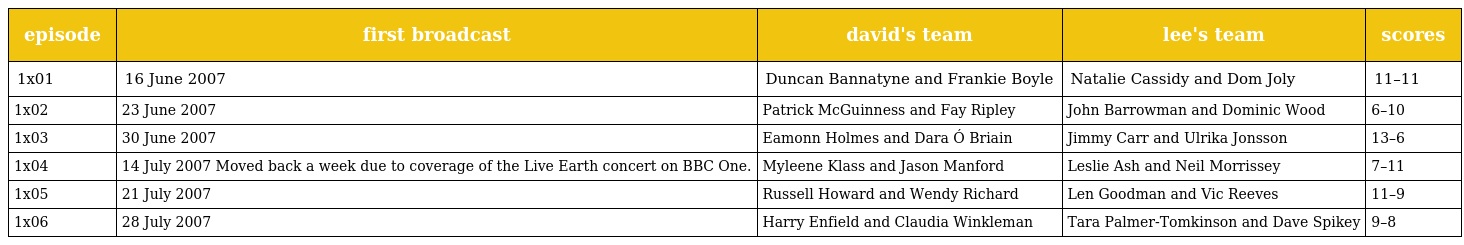
| episode | first broadcast | david's team | lee's team | scores |
 | --- | --- | --- | --- | --- |
 | 1x01 | 16 June 2007 | Duncan Bannatyne and Frankie Boyle | Natalie Cassidy and Dom Joly | 11–11 |
 | 1x02 | 23 June 2007 | Patrick McGuinness and Fay Ripley | John Barrowman and Dominic Wood | 6–10 |
 | 1x03 | 30 June 2007 | Eamonn Holmes and Dara Ó Briain | Jimmy Carr and Ulrika Jonsson | 13–6 |
 | 1x04 | 14 July 2007 Moved back a week due to coverage of the Live Earth concert on BBC One. | Myleene Klass and Jason Manford | Leslie Ash and Neil Morrissey | 7–11 |
 | 1x05 | 21 July 2007 | Russell Howard and Wendy Richard | Len Goodman and Vic Reeves | 11–9 |
 | 1x06 | 28 July 2007 | Harry Enfield and Claudia Winkleman | Tara Palmer-Tomkinson and Dave Spikey | 9–8 |